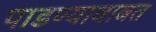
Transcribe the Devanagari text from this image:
पाडण्याबाबत